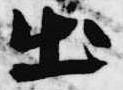
出